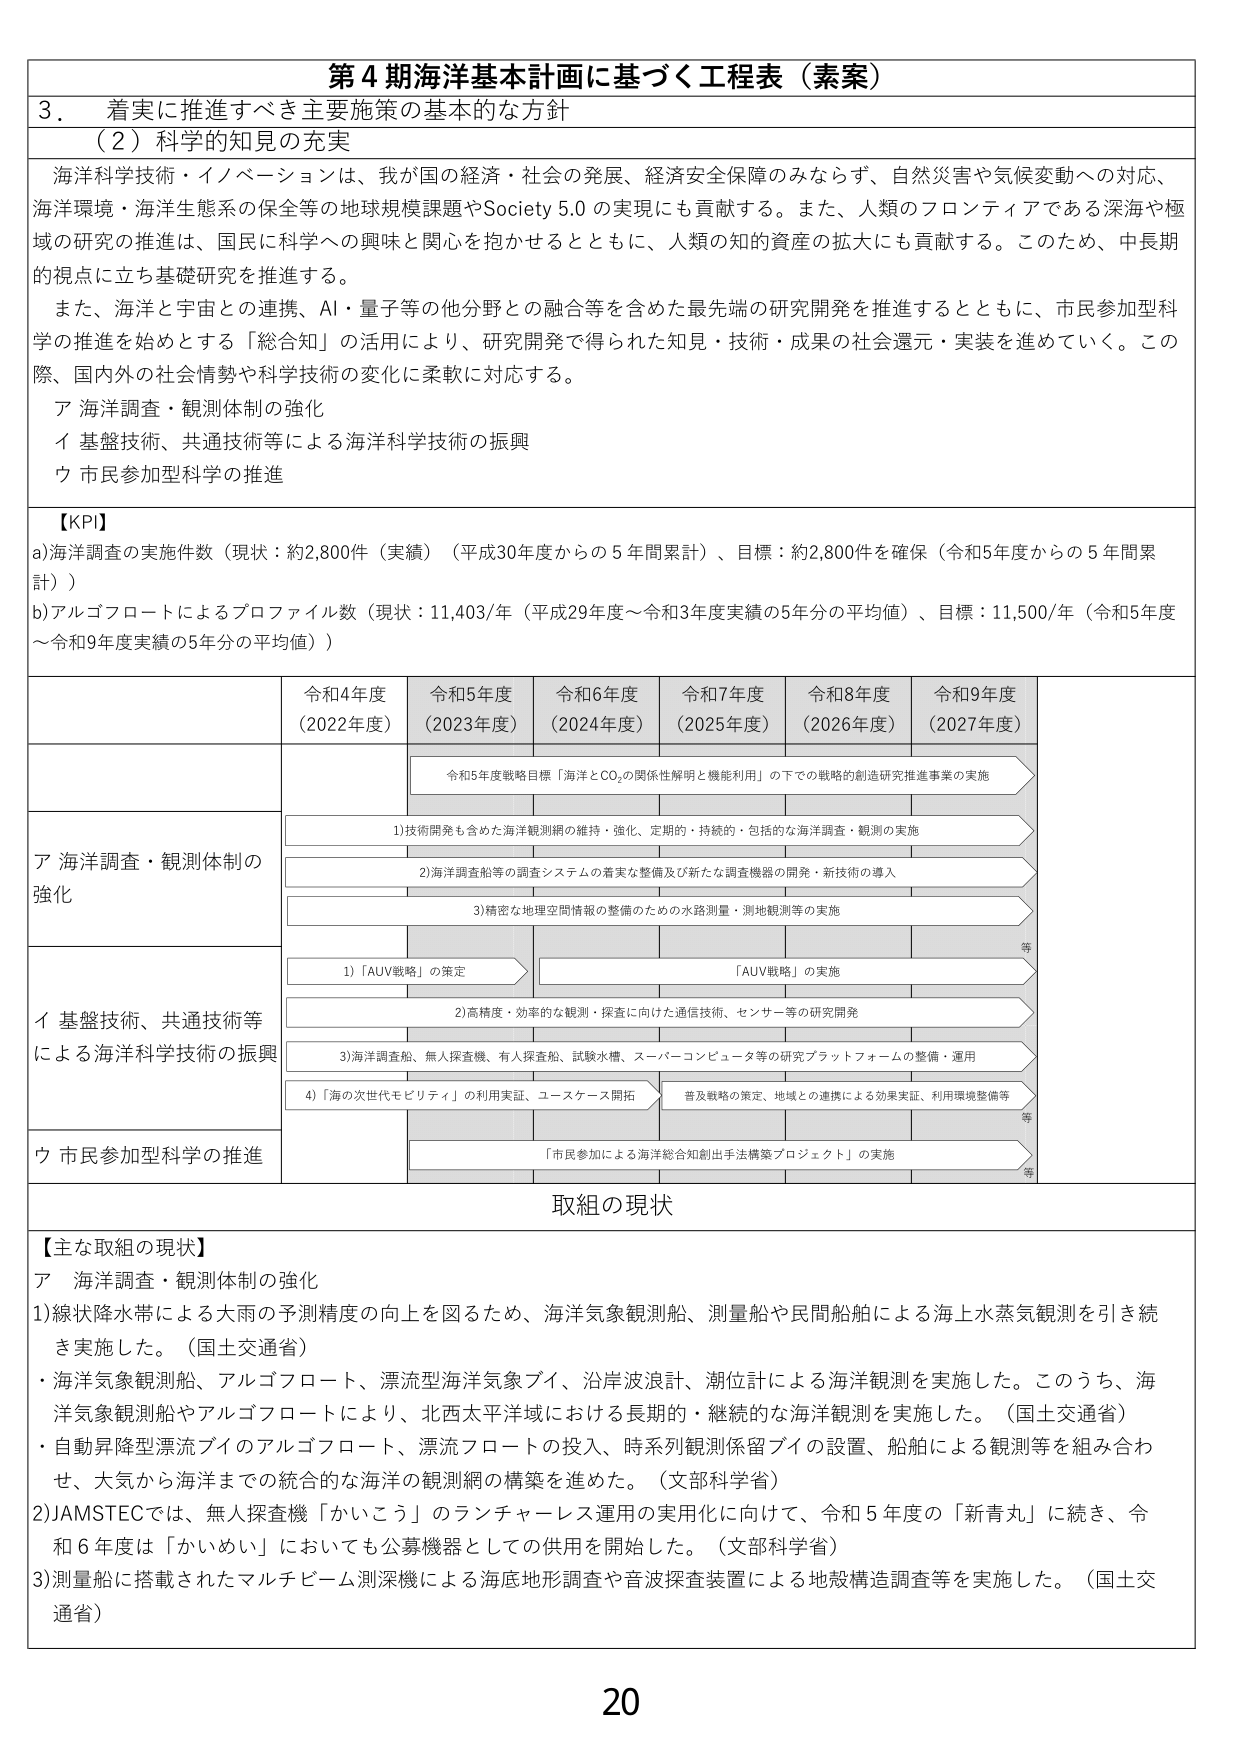
第４期海洋基本計画に基づく工程表（素案）

３．着実に推進すべき主要施策の基本的な方針

（２）科学的知見の充実

海洋科学技術・イノベーションは、我が国の経済・社会の発展、経済安全保障のみならず、自然災害や気候変動への対応、海洋環境・海洋生態系の保全等の地球規模課題やSociety 5.0の実現にも貢献する。また、人類のフロンティアである深海や極域の研究の推進は、国民に科学への興味と関心を抱かせるとともに、人類の知的資産の拡大にも貢献する。このため、中長期的視点に立ち基礎研究を推進する。

また、海洋と宇宙との連携、AI・量子等の他分野との融合等を含めた最先端の研究開発を推進するとともに、市民参加型科学の推進を始めとする「総合知」の活用により、研究開発で得られた知見・技術・成果の社会還元・実装を進めていく。この際、国内外の社会情勢や科学技術の変化に柔軟に対応する。

ア 海洋調査・観測体制の強化
イ 基盤技術、共通技術等による海洋科学技術の振興
ウ 市民参加型科学の推進

【KPI】
a) 海洋調査の実施件数（現状：約2,800件（実績）（平成30年度からの5年間累計）、目標：約2,800件を確保（令和5年度からの5年間累計））
b) アルゴフロートによるプロファイル数（現状：11,403/年（平成29年度～令和3年度実績の5年分の平均値）、目標：11,500/年（令和5年度～令和9年度実績の5年分の平均値））

令和4年度（2022年度）　令和5年度（2023年度）　令和6年度（2024年度）　令和7年度（2025年度）　令和8年度（2026年度）　令和9年度（2027年度）

ア 海洋調査・観測体制の強化
　　令和5年度戦略目標「海洋とCO₂の関係性解明と機能利用」の下での戦略的創造研究推進事業の実施
　　1) 技術開発も含めた海洋観測網の維持・強化、定期的・持続的・包括的な海洋調査・観測の実施
　　2) 海洋調査船等の調査システムの着実な整備及び新たな調査機器の開発・新技術の導入
　　3) 精密な地理空間情報の整備のための水路測量・測地観測等の実施